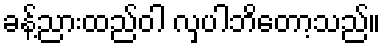
ခန့်ညားထည်ဝါ လှပါဘိတော့သည်။